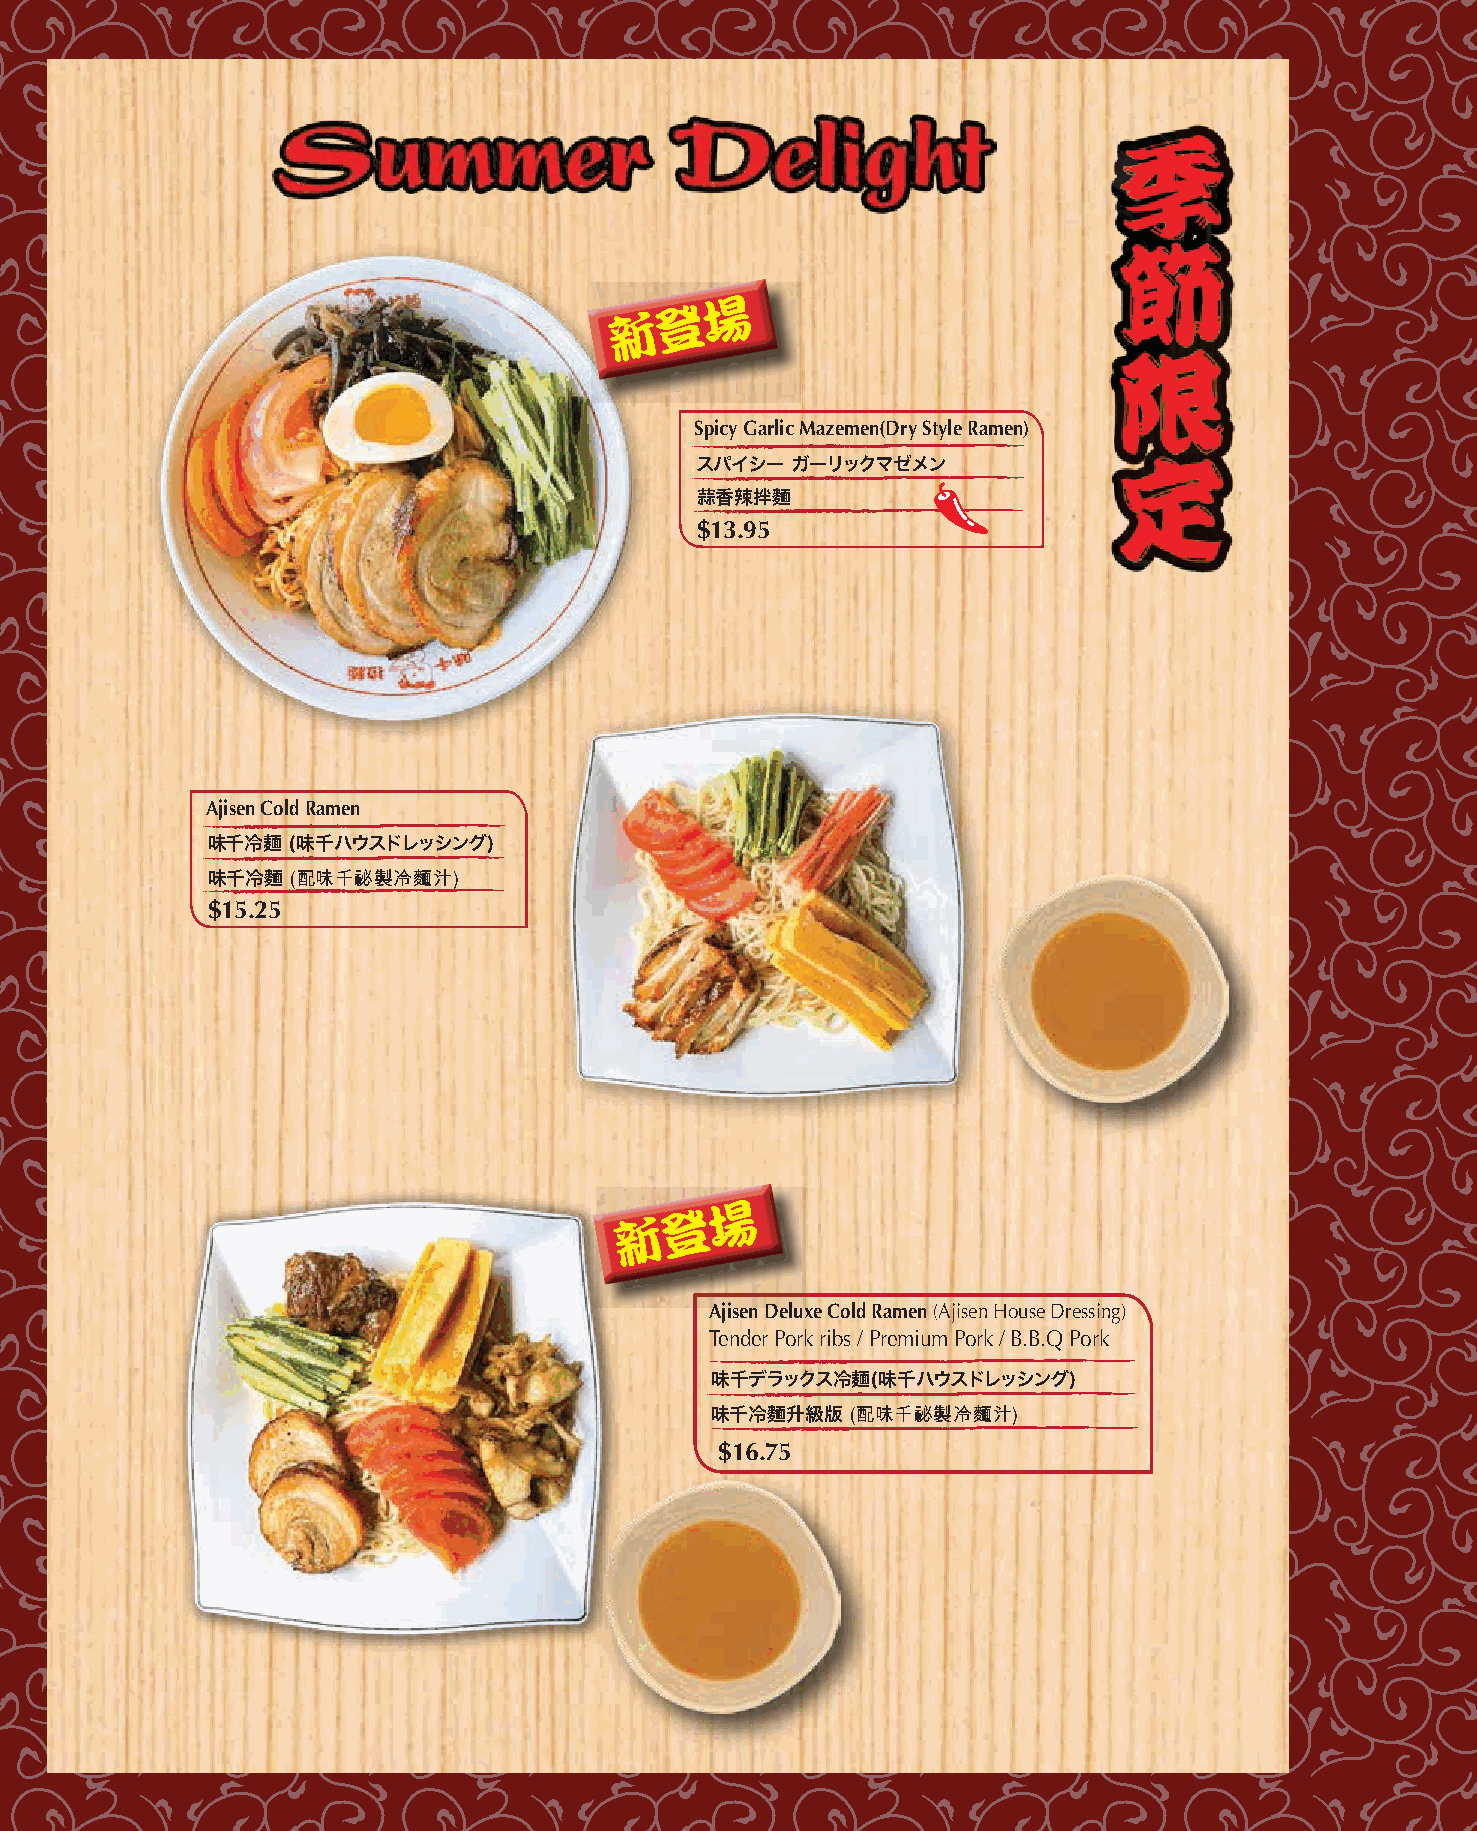
Spicy Garlic Mazemen(Dry Style Ramen)
 スパイシー ガーリックマゼメン
 蒜香辣拌麵
 $13.95
 Ajisen Cold Ramen
 味千冷麺 (味千ハウスドレッシング)
 味千冷麵 (配味千祕製冷麵汁)
 $15.25
 Ajisen Deluxe Cold Ramen (Ajisen House Dressing)
 Tender Pork ribs / Premium Pork / B.B.Q Pork
 味千デラックス冷麺(味千ハウスドレッシング)
 味千冷麵升級版  (配味千祕製冷麵汁)
 $16.75